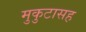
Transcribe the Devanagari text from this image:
मुकुटासह